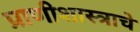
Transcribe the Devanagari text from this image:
प्राणीशास्त्राचे